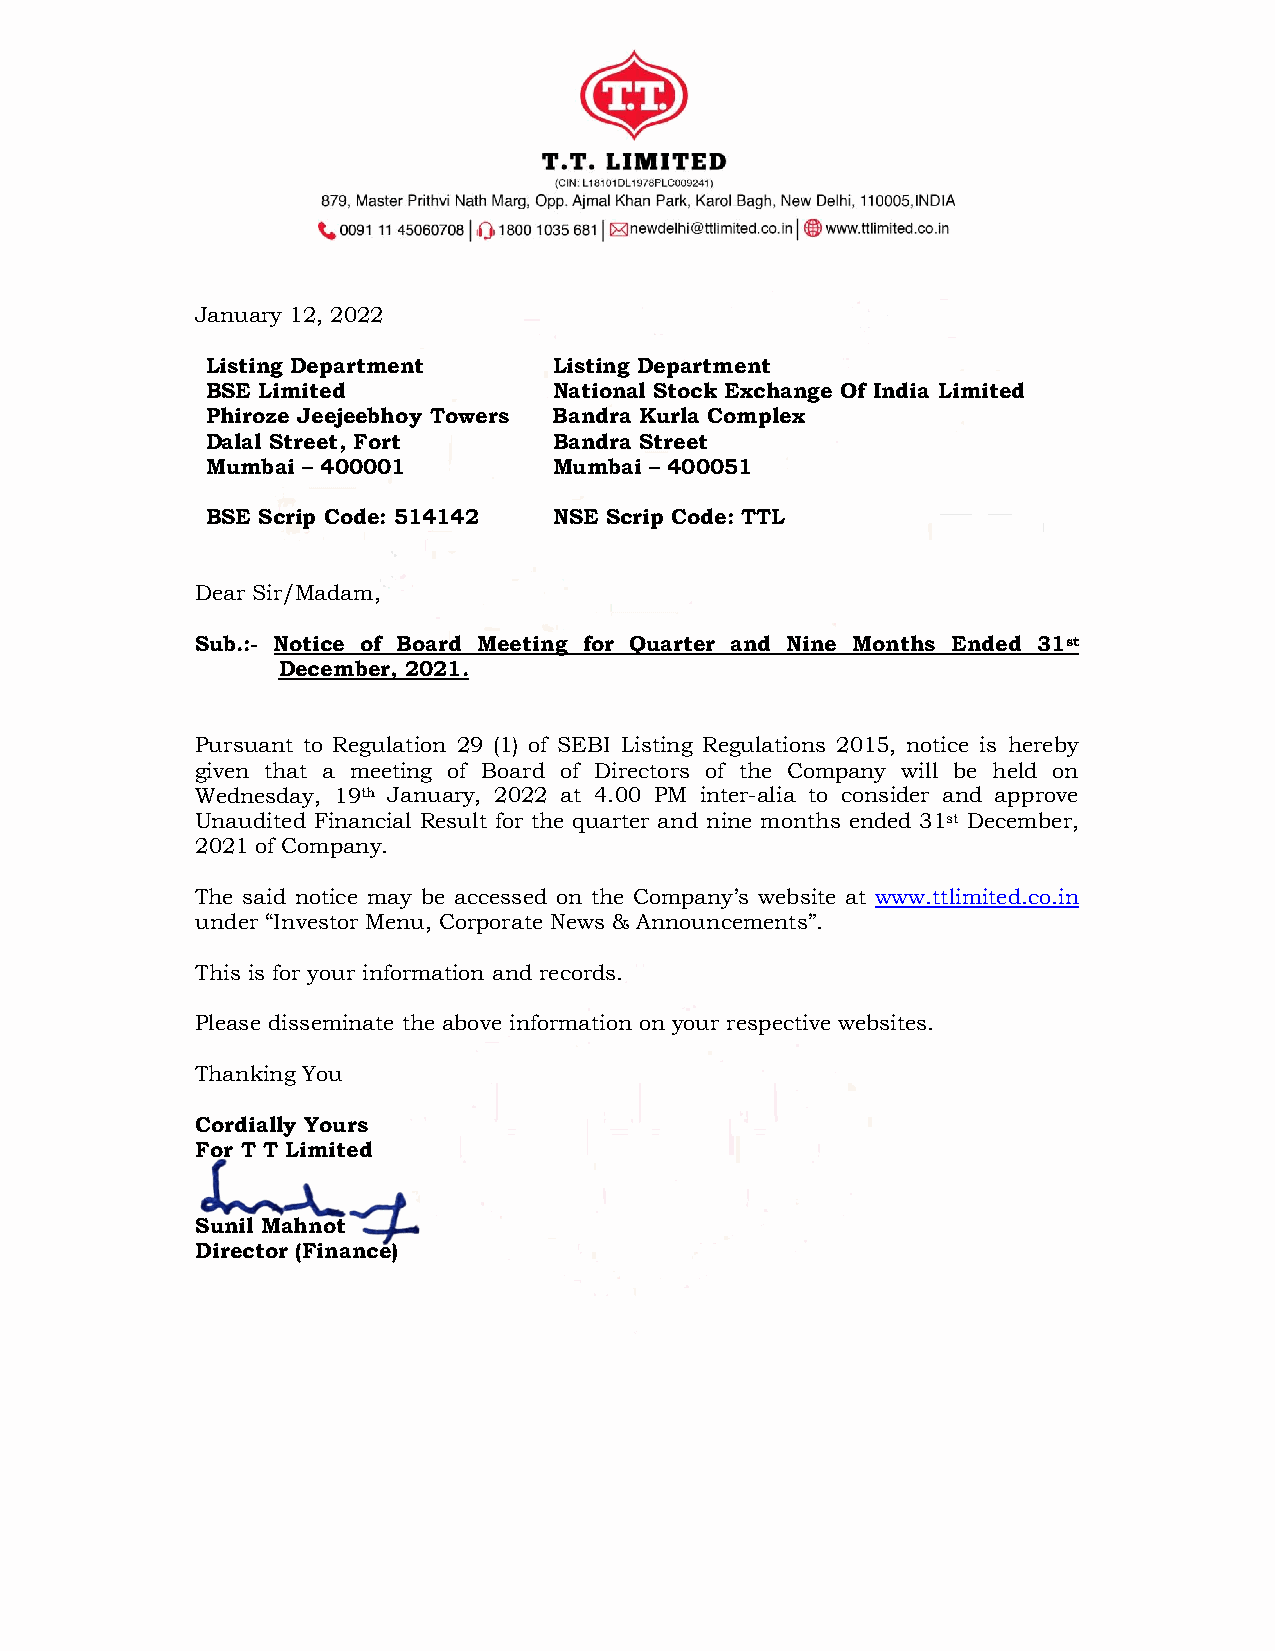
January 12, 2022
 Listing Department     Listing Department
 BSE Limited            National Stock Exchange Of India Limited
 Phiroze Jeejeebhoy Towers Bandra Kurla Complex
 Dalal Street, Fort     Bandra Street
 Mumbai – 400001        Mumbai – 400051
 BSE Scrip Code: 514142 NSE Scrip Code: TTL
 Dear Sir/Madam,
 Sub.:- Notice of Board Meeting for Quarter and Nine Months Ended 31st
 December, 2021.
 Pursuant to Regulation 29 (1) of SEBI Listing Regulations 2015, notice is hereby
 given that a meeting of Board of Directors of the Company will be held on
 Wednesday, 19th January, 2022 at 4.00 PM inter-alia to consider and approve
 Unaudited Financial Result for the quarter and nine months ended 31st December,
 2021 of Company.
 The said notice may be accessed on the Company’s website at www.ttlimited.co.in
 under “Investor Menu, Corporate News & Announcements”.
 This is for your information and records.
 Please disseminate the above information on your respective websites.
 Thanking You
 Cordially Yours
 For T T Limited
 Sunil Mahnot
 Director (Finance)